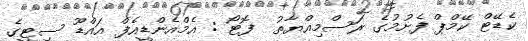
ކެޑޭޓް ކޭމްޕް ފެށުމުގެ ރަސްމިއްޔާތު  ފޮޓޯ : އެމްއެންޑީއެފް އައްޑޫ ސިޓީގެ